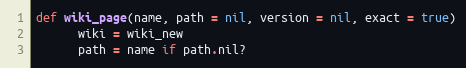
Language: Ruby
def wiki_page(name, path = nil, version = nil, exact = true)
      wiki = wiki_new
      path = name if path.nil?